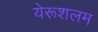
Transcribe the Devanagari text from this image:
येरूशलम